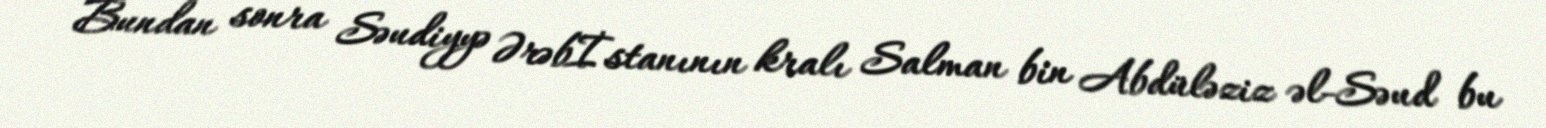
Bundan sonra Səudiyyə Ərəbİstanının kralı Salman bin Abdüləziz əl-Səud bu